Reports on dispensaries and lunatic asylums in the Province of Oudh - 1869-1876
Year: 1869
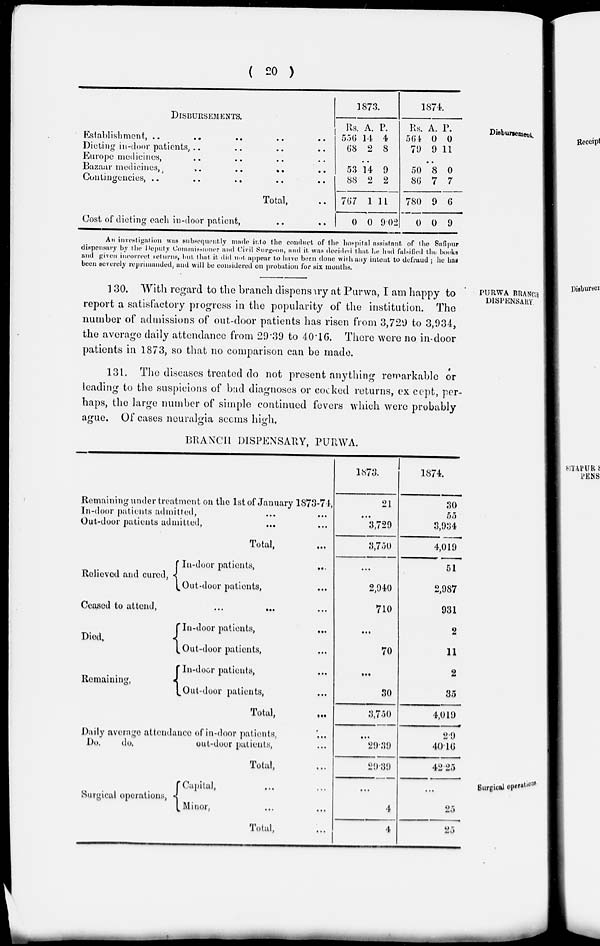
( 20 )
Disbursement.
DISBURSEMENTS.
Establishment, .. .. .. ..
Dieting in-door patients , .. .. .. ..
Europe medicines, .. .. .. ..
Bazaar medicines ,
..
..
..
..
Contingencies, .. .. .. .. ..
Total, ..
Cost of dieting each in-door patient, .. ..
1873.
Rs.
556
68
A.
14
2
P.
4
8
...
53
88
767
0
14
2
1
0
9
2
11
9.02
1874.
Rs.
564
79
A.
0
9
P.
0
11
...
50
86
780
0
8
7
9
0
0
7
6
9
An investigation was subsequently made into the conduct of the hospital assistant of the Safipur
dispensary by the Deputy Commissioner and Civil Surgeon , and it was decided that he had falsified the books
and given incorrect returns, but that it did not appear to have been done with any intent to defraud ; he has
been severely reprimanded, and will be considered on probation for six months.
PURWA BRANCH
DISPENSARY.
1 30. With regard to the branch dispensary at Purwa , I am happy to
report a satisfactory progress in the popularity of the institution. The
number of admissions of out-door patients has risen from 3,729 to 3,934,
the average daily attendance from 29.39 to 40.16. There were no in-door
patients in 1873, so that no comparison can be made.
131. The diseases treated do not present anything remarkable or
leading to the suspicions of bad diagnoses or cocked returns, except , per-
haps, the large number of simple continued fevers which were probably
ague. Of cases neuralgia seems high.
BRANCH DISPENSARY, PURWA.
Remaining under treatment on the 1st of January 1873-74 ,
In-door patients admitted , ... ...
Out-door patients admitted, ... ...
Total,
...
Relieved and cured,
In-door patients,
...
Out-door patients, ...
Ceased to attend,
... ...
Died,
Remaining,
In-door patients,
...
Out-door patients, ...
In-door patients , ...
Out-door patients, ...
Total, ...
Daily average attendance of in-door patients, ...
Do.
do.
out-door patients, ...
Total, ...
1873.
21
...
3,729
3,750
...
2,940
710
...
70
...
30
3,750
...
29.39
29.39
1874.
30
55
3,934
4,019
51
2,987
931
2
11
2
35
4,019
2.9
40.16
42.25
Surgical operations
Surgical operations,
Capital, ... ...
Minor, ... ...
Total, ...
...
4
4
...
25
25